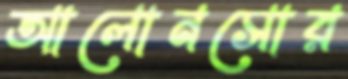
আলোনসোর